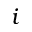
i